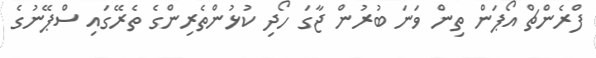
ފްރެންޗް އޯޕަން ތިން ވަނަ ބުރުން ޖާގަ ހޯދި ކުޅުންތެރިންގެ ތެރޭގައި ސްޕޭނުގެ